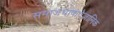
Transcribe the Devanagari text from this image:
समाजभाषावैज्ञानिक